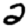
Digit: 2